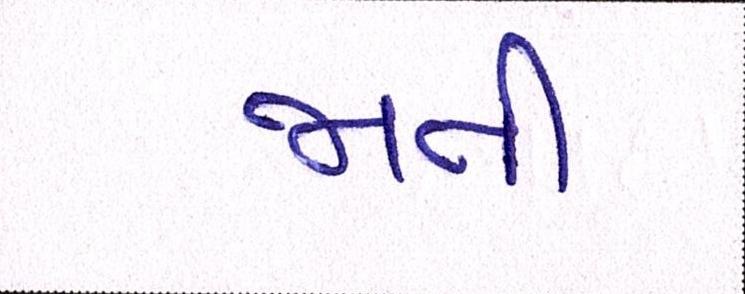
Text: જાતી